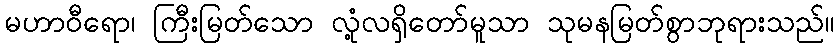
မဟာဝီရော၊ ကြီးမြတ်သော လုံ့လရှိတော်မူသာ သုမနမြတ်စွာဘုရားသည်။